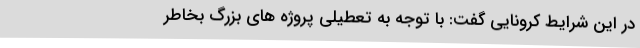
در این شرایط کرونایی گفت: با توجه به تعطیلی پروژه های بزرگ بخاطر